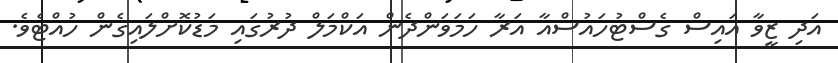
އަދި ޒީވާ އައިސް ގެސްޓުހައުސްއާ އަރާ ހަމަވަންދެން އަކްމަލް ދުރުގައި މަޑުކޮށްލައިގެން ހުއްޓެވެ.